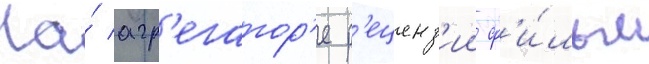
На́ агр'егатор'е р'еценз'ии ф'и́льм